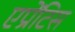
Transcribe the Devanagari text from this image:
एप्रेंटिस